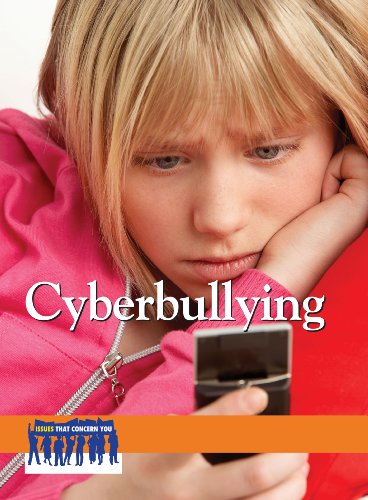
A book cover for Cyberbullying (Issues That Concern You); Tamara L. Roleff; Teen & Young Adult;